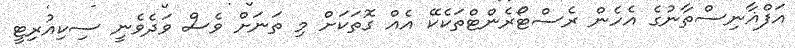
އަފްޣާނިސްތާނުގެ އެހެން ރެސްޓޯރެންޓްތަކެކޭ އެއް ގޮތަކަށް މި ތަނަށް ވެސް ވަދެވެނީ ސިކިއުރިޓީ